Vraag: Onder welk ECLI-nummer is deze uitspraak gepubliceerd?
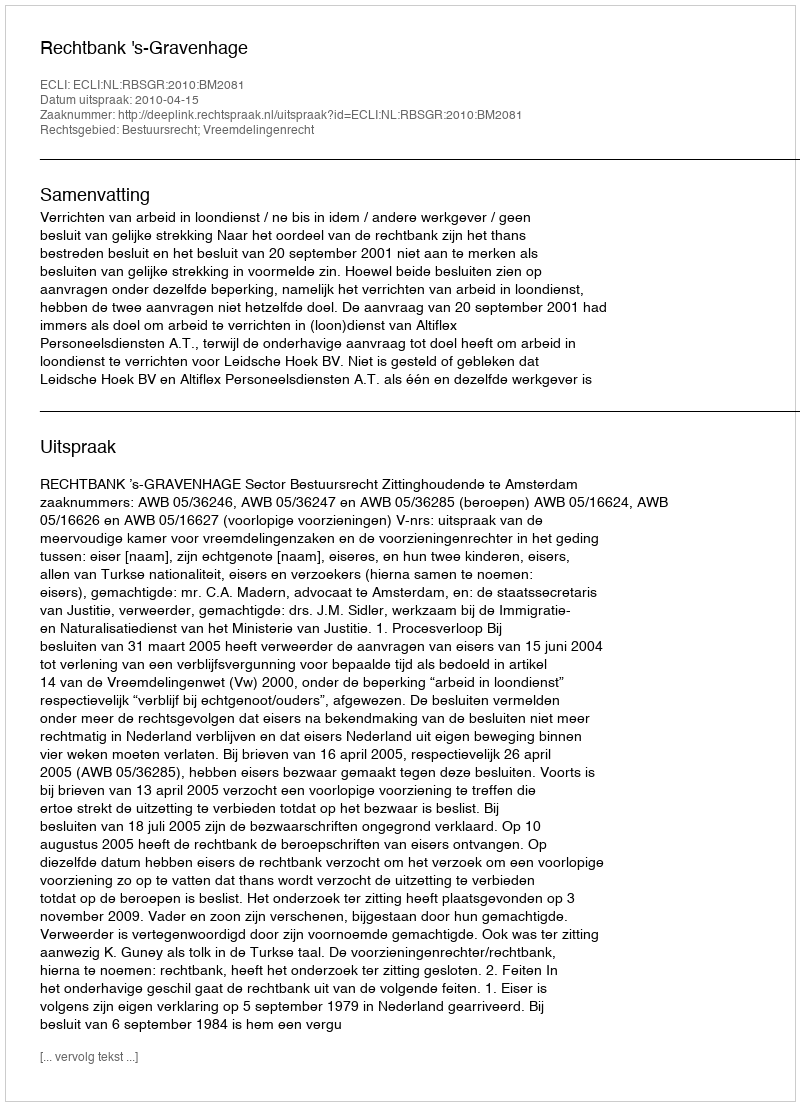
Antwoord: ECLI:NL:RBSGR:2010:BM2081